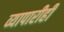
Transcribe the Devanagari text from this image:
व्यापारीही